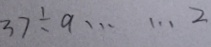
3 7 \div a \cdots 2